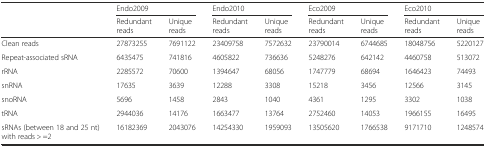
|  | <COLSPAN=2> Endo2009 | <COLSPAN=2> Endo2010 | <COLSPAN=2> Eco2009 | <COLSPAN=2> Eco2010 |
 |  | Redundant reads | Unique reads | Redundant reads | Unique reads | Redundant reads | Unique reads | Redundant reads | Unique reads |
 | --- | --- | --- | --- | --- | --- | --- | --- | --- |
 | Clean reads | 27873255 | 7691122 | 23409758 | 7572632 | 23790014 | 6744685 | 18048756 | 5220127 |
 | Repeat-associated sRNA | 6435475 | 741816 | 4605822 | 736636 | 5248276 | 642142 | 4460758 | 513072 |
 | rRNA | 2285572 | 70600 | 1394647 | 68056 | 1747779 | 68694 | 1646423 | 74493 |
 | snRNA | 17635 | 3639 | 12288 | 3308 | 15218 | 3456 | 12566 | 3145 |
 | snoRNA | 5696 | 1458 | 2843 | 1040 | 4361 | 1295 | 3302 | 1038 |
 | tRNA | 2944036 | 14176 | 1663477 | 13764 | 2752460 | 14053 | 1966155 | 16495 |
 | sRNAs (between 18 and 25 nt) with reads > =2 | 16182369 | 2043076 | 14254330 | 1959093 | 13505620 | 1766538 | 9171710 | 1248574 |